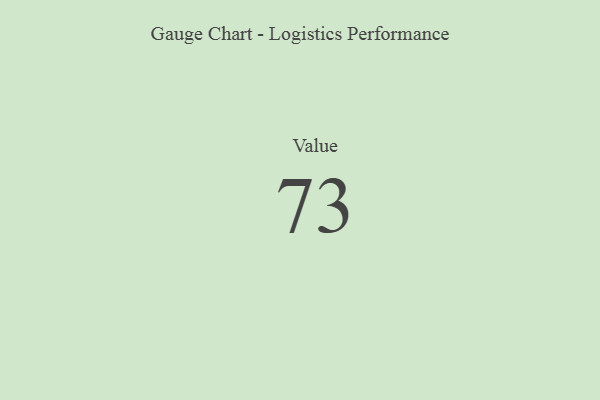
{"axis": {"x": "Metric", "y": "Value"}, "legend": [""], "data": [{"x": "Value", "y": 73, "type": ""}]}